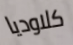
كلاوديا